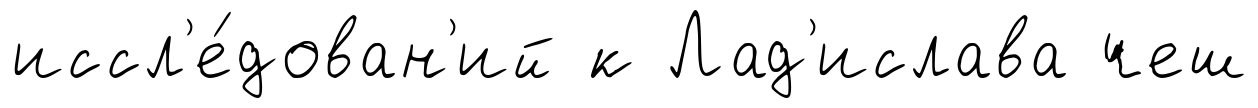
иссл'е́дован'ий к Лад'ислава чеш